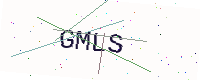
Text: GMLS